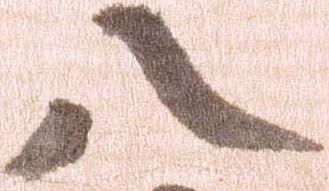
八